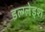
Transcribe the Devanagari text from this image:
डल्ग्लेइश